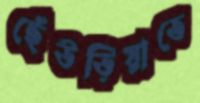
ছেঁউড়িয়াতে